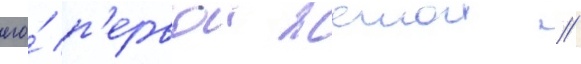
его́ п'ервои женои //